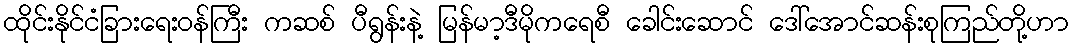
ထိုင်းနိုင်ငံခြားရေးဝန်ကြီး ကဆစ် ပီရွန်းနဲ့ မြန်မာ့ဒီမိုကရေစီ ခေါင်းဆောင် ဒေါ်အောင်ဆန်းစုကြည်တို့ဟာ